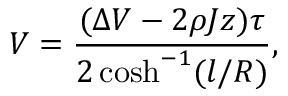
V = \frac { ( \Delta V - 2 \rho J z ) \tau } { 2 \cosh ^ { - 1 } ( l / R ) } ,